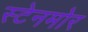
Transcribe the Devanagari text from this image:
स्टेनमोर